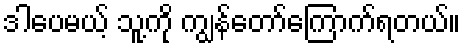
ဒါပေမယ့် သူ့ကို ကျွန်တော်ကြောက်ရတယ်။